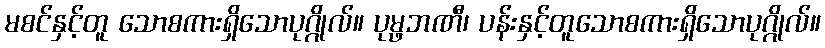
မစင်နှင့်တူ သောစကားရှိသောပုဂ္ဂိုလ်။ ပုမ္ဖဘဏီ၊ ပန်းနှင့်တူသောစကားရှိသောပုဂ္ဂိုလ်။